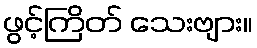
ဖွင့်ကြိတ် သေးဗျား။